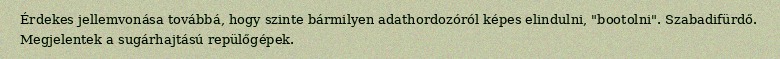
Érdekes jellemvonása továbbá, hogy szinte bármilyen adathordozóról képes elindulni, "bootolni". Szabadifürdő. Megjelentek a sugárhajtású repülőgépek.